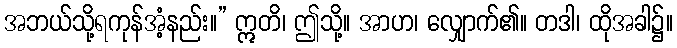
အဘယ်သို့ရကုန်အံ့နည်း။” ဣတိ၊ ဤသို့။ အာဟ၊ လျှောက်၏။ တဒါ၊ ထိုအခါ၌။